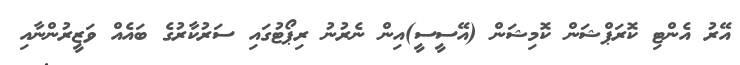
އޭރު އެންޓި ކޮރަޕްޝަން ކޮމިޝަން (އޭސީސީ)އިން ނެރުނު ރިޕޯޓުގައި ސަރުކާރުގެ ބައެއް ވަޒީރުންނާއި